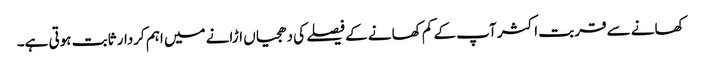
کھانے سے قربت اکثر آپ کے کم کھانے کے فیصلے کی دھجیاں اڑانے میں اہم کردار ثابت ہوتی ہے۔